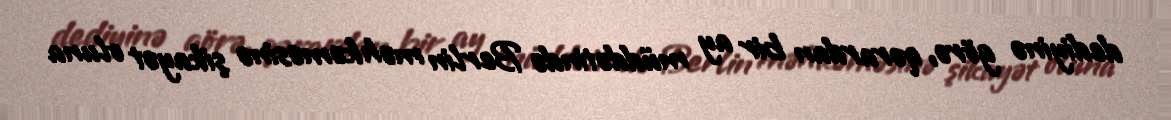
dediyinə görə, qərardan bir ay müddətində Berlin məhkəməsinə şikayət oluna